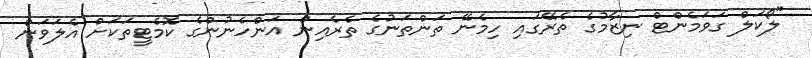
"ލޯކަލް ގަވަމެންޓް ނިޒާމުގެ ތެރޭގައި ހިމެނޭ ތަންތަނުގެ ތެރެއިން އަންހެނުންގެ ކޮމެޓީތަކަށް އެލަވަން